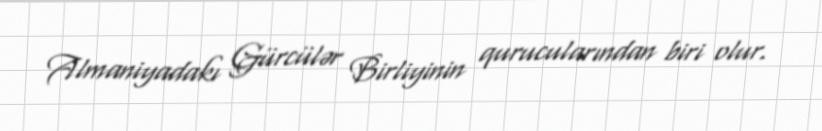
Almaniyadakı Gürcülər Birliyinin qurucularından biri olur.